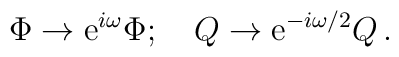
\Phi \rightarrow {\rm e}^{i\omega} \Phi;~~~Q \rightarrow {\rm e}^{-i\omega /2} Q \, .